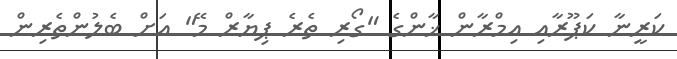
ކަރީނާ ކަޕޫރާއި އިމްރާން ޚާންގެ "ގޯރި ތެރެ ޕިޔާރް މޭ" އަށް ބެލުންތެރިން